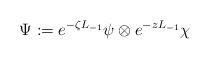
LaTeX: \begin{align*}\Psi:= e^{-\zeta L_{-1}} \psi \otimes e^{-z L_{-1}} \chi\end{align*}